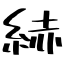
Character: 𦀗